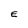
Character: E